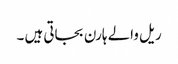
ریل والے ہارن بجاتی ہیں ۔